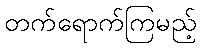
တက်ရောက်ကြမည့်